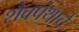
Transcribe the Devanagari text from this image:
शैवपंथाचे